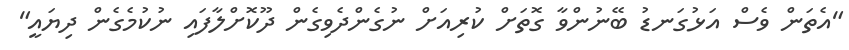
"އެތަން ވެސް އަޅުގަނޑު ބޭނުންވާ ގޮތަށް ކުރިއަށް ނުގެންދެވިގެން ދޫކޮށްލާފައި ނުކުމެގެން ދިޔައީ"